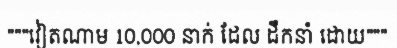
"""វៀតណាម 10,000 នាក់ ដែល ដឹកនាំ ដោយ"""